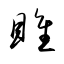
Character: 雎